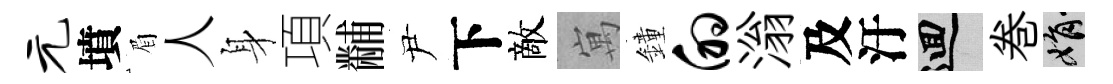
元墳眉人身項黼尹下敵寓鐘的滃及汙回巻娟